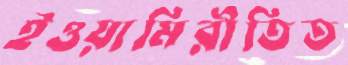
ইওয়ামিরীতিত